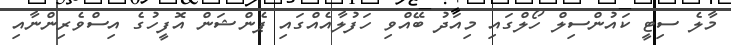
މާލެ ސިޓީ ކައުންސިލް ހޯލްގައި މިއަދު ބޭއްވި ހަފުލާއެއްގައި ޕެންޝަން އޮފީހުގެ އިސްވެރިންނާއި